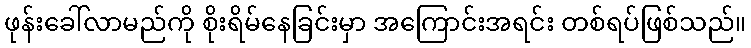
ဖုန်းခေါ်လာမည်ကို စိုးရိမ်နေခြင်းမှာ အကြောင်းအရင်း တစ်ရပ်ဖြစ်သည်။